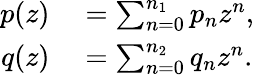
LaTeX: \begin{array}{rl}{p(z)}&{{}=\sum_{n=0}^{n_{1}}p_{n}z^{n},}\\ {q(z)}&{{}=\sum_{n=0}^{n_{2}}q_{n}z^{n}.}\end{array}